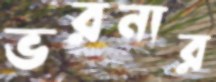
ভরনার